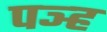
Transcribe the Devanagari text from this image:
पञ्ह